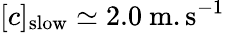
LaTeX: [c]_{\mathrm{slow}}\simeq 2.0\ \mathrm{m.s^{-1}}